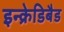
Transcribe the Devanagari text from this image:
इन्क्रेडिबैड